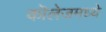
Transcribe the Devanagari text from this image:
कॊलेजमध्ये